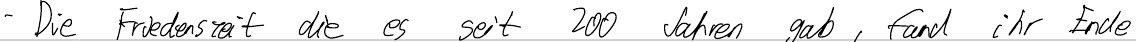
- Die Friedenszeit die es seit 200 Jahren gab, fand ihr Ende